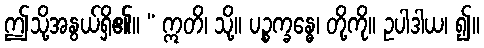
ဤသို့အနွယ်ရှိ၏။ “ ဣတိ၊ သို့။ ပဉ္စက္ခန္ဓေ၊ တို့ကို။ ဥပါဒါယ၊ ၍။